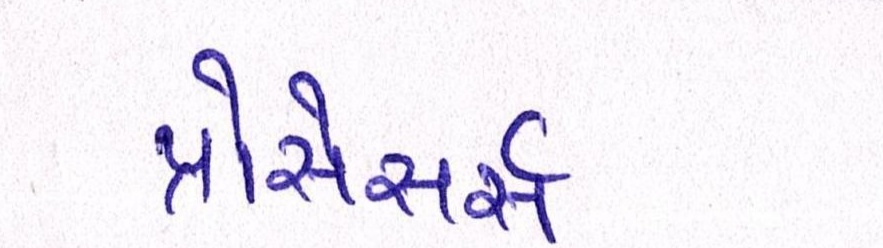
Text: પ્રોસેસર્સ